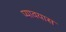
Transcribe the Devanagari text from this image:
प्यावयास